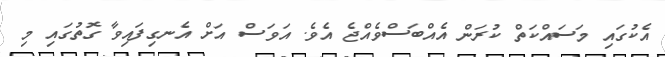
އެކުގައި މަސައްކަތް ކުރަން އެއްބަސްވެއްޖެ އެވެ. އަވަސް އަށް އެނގިފައިވާ ގޮތުގައި މި